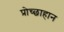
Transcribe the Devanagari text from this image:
प्रोच्छाहान